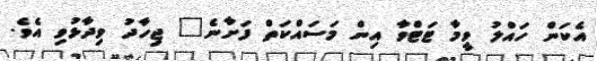
އެކަން ހައްލު ވީމާ ޓަޓްވާ އިން މަސައްކަތް ފަށާނެ" ޖިހާދު ވިދާޅުވި އެވެ.